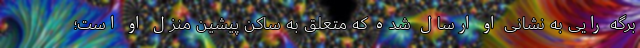
برگه رایی به نشانی او ارسال شده که متعلق به ساکن پیشین منزل او است؛